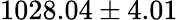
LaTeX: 1028.04\pm 4.01